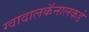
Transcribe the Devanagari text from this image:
ग्वादालकॅनालकडे